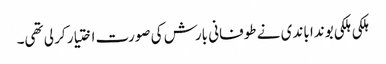
ہلکی ہلکی بوندا باندی نے طوفانی بارش کی صورت اختیار کر لی تھی۔